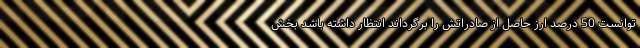
توانست 50 درصد ارز حاصل از صادراتش را برگرداند انتظار داشته باشد بخش